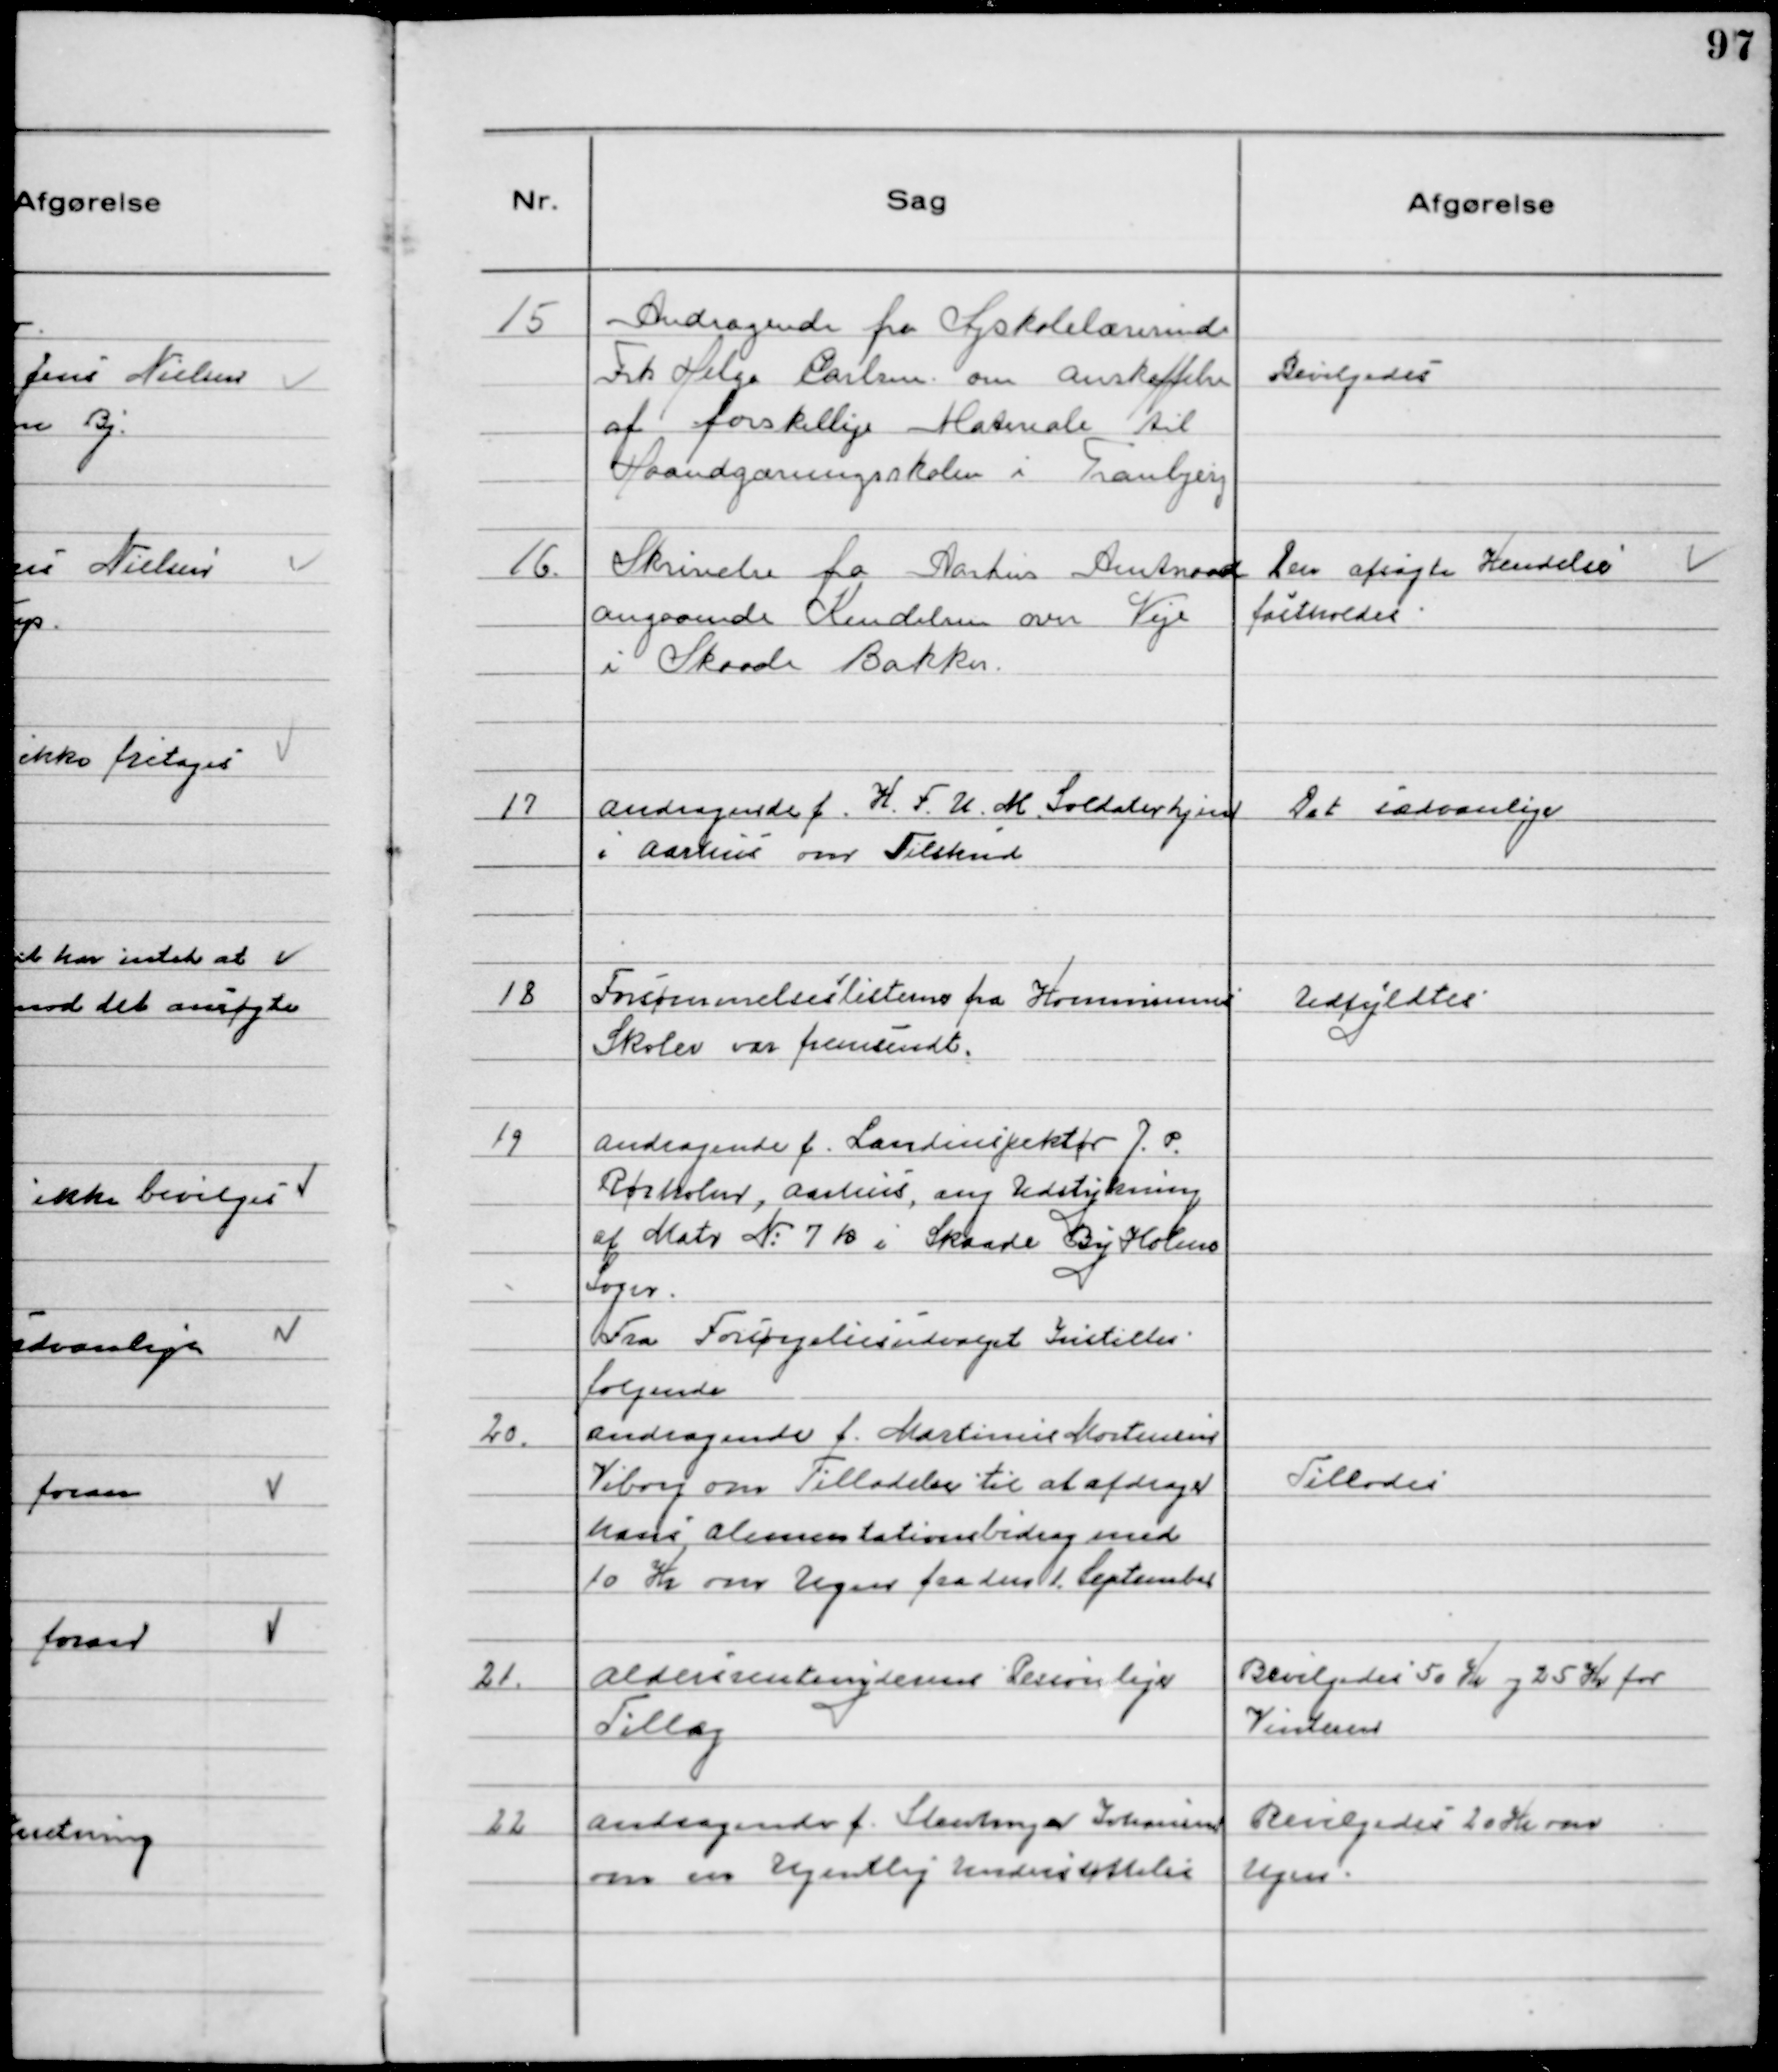
Transskription:
15
Andragende fra Syskolelærerinde
Frk Helga Carlsen om anskaffelse
af forskellige Materiale til
Haandgærningsskolen i Tranbjerg

Bevilgedes

16.
Skrivelse fra Aarhus Amtsraad
angaaende Kendelsen over Veje
i Skaade Bakker.

Den afsagte Kendelse
fastholdes

17
Andragende f. K.F.U.M. Soldaterhjem
i Aarhus om Tilskud

Det sædvanlige

18
Forsømmelseslisterne fra Kommunens
Skoler var fremsendt.

Udfyldtes

19
Andragende f. Landinspektør J.P.
Rørholm, Aarhus, ang Udstykning
af Matr №7 k i Skaade By Holme
Sogn.

Fra Forsørgelsesudvalget Instilles
følgende

20.
Andragende f. Martinus Mortensen
Viborg om tilladelse til at afdrage
hans Alimentationsbidrag med
10 Kr om ugen fra den 1. September

Tillodes

21.
Aldersrentenydernes Personlige
Tillæg

Bevilgedes 50 Kr og 25 Kr for
Vinteren

22
Andragende f. Steinmeyer Johansen
om en Ugentlig Understøttelse

Bevilgedes 20 Kr om
Ugen